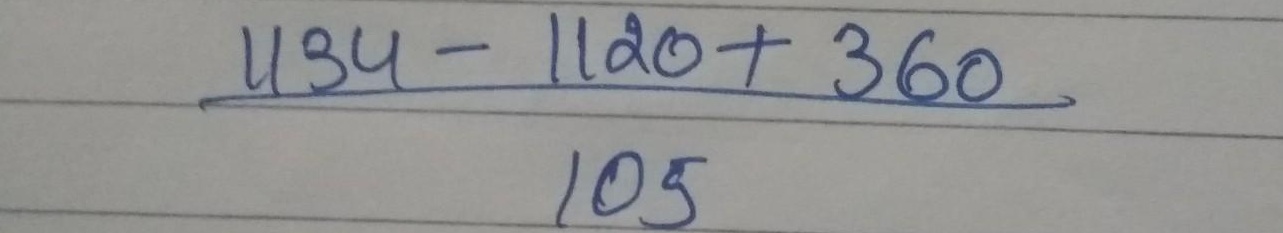
\[\frac{1134 - 1120 + 360}{105}\]